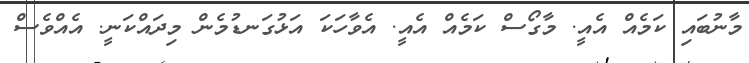
މާނުބައި ކަމެއް އެއީ. މާގޯސް ކަމެއް އެއީ. އެވާހަކަ އަޅުގަނޑުމެން މިދައްކަނީ. އެއްވެސް